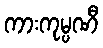
ကားကုမ္ပဏီ